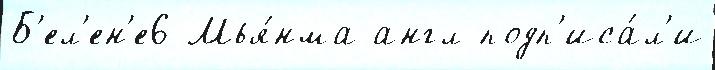
Б'ел'ен'е6 Мья́нма англ подп'иса́л'и